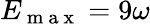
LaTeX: E_{\mathrm{~m~a~x~}}=9\omega